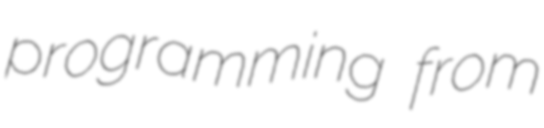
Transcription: programming from